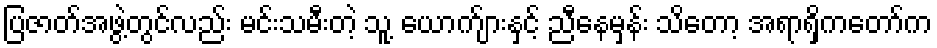
ပြဇာတ်အဖွဲ့တွင်လည်း မင်းသမီးတဲ့ သူ့ ယောက်ျားနှင့် ညီနေမှန်း သိတော့ အရာရှိကတော်က